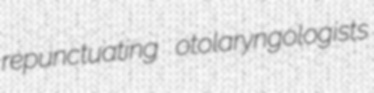
repunctuating otolaryngologists